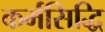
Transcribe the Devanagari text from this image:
कर्मसिद्धि